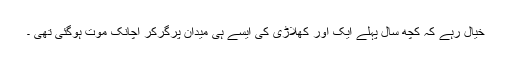
خیال رہے کہ کچھ سال پہلے ایک اور کھلاڑی کی ایسے ہی میدان پرگرکر اچانک موت ہوگئی تھی ۔